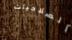
الصلاحيات